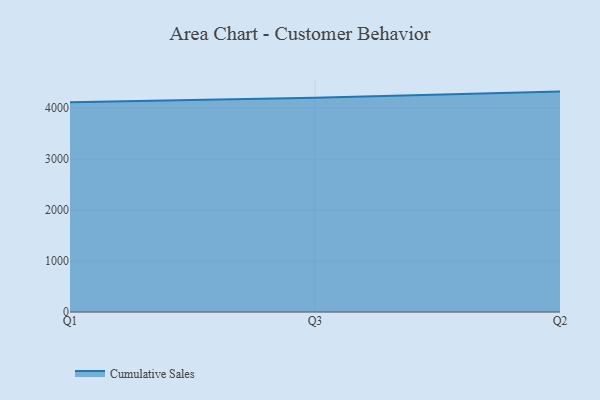
{"axis": {"x": "Quarter", "y": "Page Views"}, "legend": ["Cumulative Sales"], "data": [{"x": "Q1", "y": 4113.5, "type": "Cumulative Sales"}, {"x": "Q3", "y": 4202.4, "type": "Cumulative Sales"}, {"x": "Q2", "y": 4324.8, "type": "Cumulative Sales"}]}